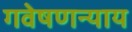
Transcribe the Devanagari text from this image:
गवेषणन्याय